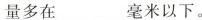
量多在___毫米以下。